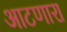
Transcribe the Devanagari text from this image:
आटणारा